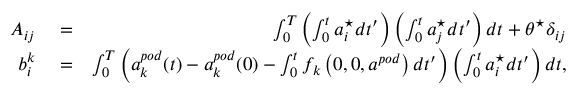
\begin{array} { r l r } { A _ { i j } } & { { } = } & { \int _ { 0 } ^ { T } \left( \int _ { 0 } ^ { t } a _ { i } ^ { \star } d t ^ { \prime } \right) \left( \int _ { 0 } ^ { t } a _ { j } ^ { \star } d t ^ { \prime } \right) d t + \theta ^ { \star } \delta _ { i j } } \\ { b _ { i } ^ { k } } & { { } = } & { \int _ { 0 } ^ { T } \left( a _ { k } ^ { p o d } ( t ) - a _ { k } ^ { p o d } ( 0 ) - \int _ { 0 } ^ { t } f _ { k } \left( 0 , 0 , a ^ { p o d } \right) d t ^ { \prime } \right) \left( \int _ { 0 } ^ { t } a _ { i } ^ { \star } d t ^ { \prime } \right) d t , } \end{array}